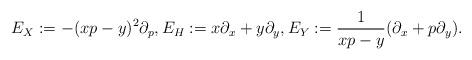
LaTeX: \begin{gather*}E_X := -(x p - y)^2 \partial_p, E_H := x \partial_x + y \partial_y, E_Y := \frac{1}{x p - y} (\partial_x + p \partial_y) .\end{gather*}